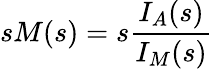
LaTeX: sM(s)=s\frac{I_{A}(s)}{I_{M}(s)}